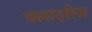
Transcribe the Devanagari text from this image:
क्लादरीज